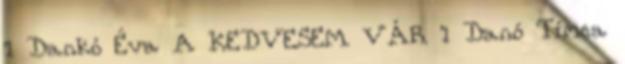
1 Dankó Éva A KEDVESEM VÁR 1 Danó Tímea